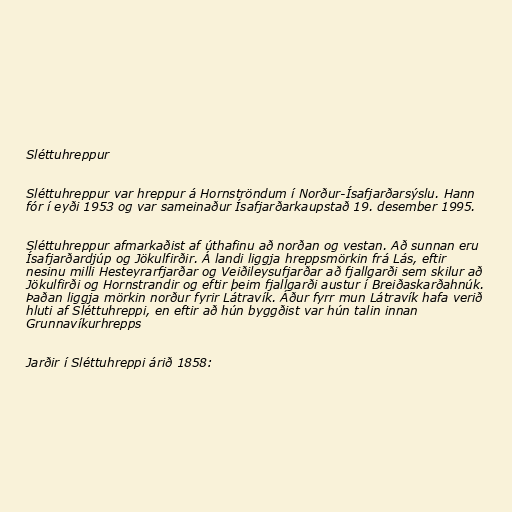
Sléttuhreppur

Sléttuhreppur var hreppur á Hornströndum í Norður-Ísafjarðarsýslu. Hann
fór í eyði 1953 og var sameinaður Ísafjarðarkaupstað 19. desember 1995.

Sléttuhreppur afmarkaðist af úthafinu að norðan og vestan. Að sunnan eru
Ísafjarðardjúp og Jökulfirðir. Á landi liggja hreppsmörkin frá Lás, eftir
nesinu milli Hesteyrarfjarðar og Veiðileysufjarðar að fjallgarði sem skilur að
Jökulfirði og Hornstrandir og eftir þeim fjallgarði austur í Breiðaskarðahnúk.
Þaðan liggja mörkin norður fyrir Látravík. Áður fyrr mun Látravík hafa verið
hluti af Sléttuhreppi, en eftir að hún byggðist var hún talin innan
Grunnavíkurhrepps

Jarðir í Sléttuhreppi árið 1858: